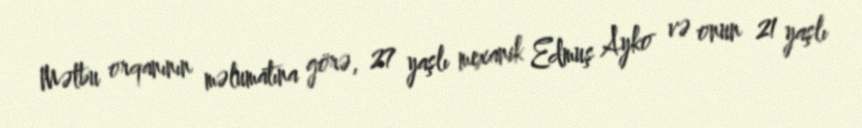
Mətbu orqanının məlumatına görə, 27 yaşlı mexanik Edmuş Ayko və onun 21 yaşlı